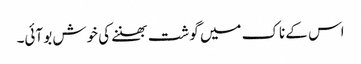
اس کے ناک میں گوشت بھننے کی خوش بو آئی۔